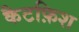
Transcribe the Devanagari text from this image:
कैटफ़िश